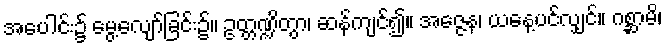
အပေါင်း၌ မွေ့လျော်ခြင်း၌။ ဥတ္တဏ္ဍိတွာ၊ ဆန်ကျင်၍။ အဇ္ဇေန၊ ယနေ့ပင်လျှင်။ ဂစ္ဆာမိ၊